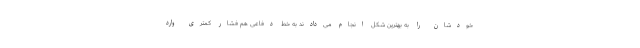
خودشان را به بهترین شکل انجام می‌دادند به خط دفاعی هم فشار کمتری وارد